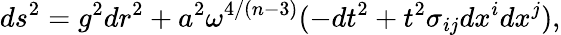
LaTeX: ds^{2}=g^{2}dr^{2}+a^{2}\omega^{4/(n-3)}(-dt^{2}+t^{2}\sigma_{ij}dx^{i}dx^{j}),